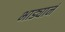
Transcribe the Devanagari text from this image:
भाड्यानं